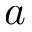
a